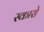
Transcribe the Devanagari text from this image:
स्कारो